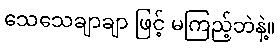
သေသေချာချာ ဖြင့် မကြည့်ဘဲနဲ့။